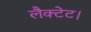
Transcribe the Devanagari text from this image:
लैक्टेट।